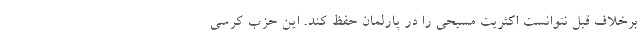
برخلاف قبل نتوانست اکثریت مسیحی را در پارلمان حفظ کند. این حزب کرسی